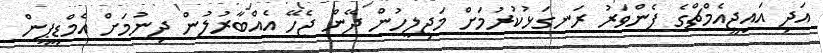
އަދި އައިޖީއެމްޗްގެ ފެންވަރު ރަނގަޅުކުރުމަށް މަޖިލީހުން ދޭން ޖެހޭ އެއްބާރުލުން ދިނުމަށް އެމްޑީޕީން